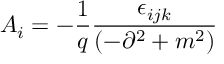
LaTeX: A _ { i } = - \frac { 1 } { q } \frac { \epsilon _ { i j k } } { \left( - \partial ^ { 2 } + m ^ { 2 } \right) }